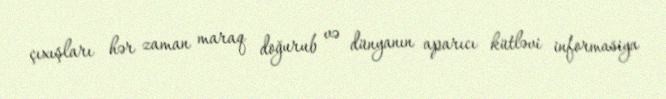
çıxışları hər zaman maraq doğurub və dünyanın aparıcı kütləvi informasiya